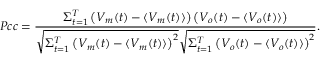
P c c = \frac { \Sigma _ { t = 1 } ^ { T } \left( V _ { m } ( t ) - \langle V _ { m } ( t ) \rangle \right) \left( V _ { o } ( t ) - \langle V _ { o } ( t ) \rangle \right) } { \sqrt { \Sigma _ { t = 1 } ^ { T } \left( V _ { m } ( t ) - \langle V _ { m } ( t ) \rangle \right) ^ { 2 } } \sqrt { \Sigma _ { t = 1 } ^ { T } \left( V _ { o } ( t ) - \langle V _ { o } ( t ) \rangle \right) ^ { 2 } } } .